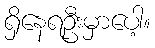
ရှိနေရဦးမှာပေါ့။